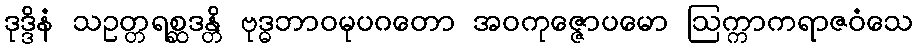
ဒုဒ္ဒိနံ သဥတ္တရစ္ဆဒန္တိ ဗုဒ္ဓဘာဝမုပဂတော အဝကုဇ္ဇောပမော ဩက္ကာကရာဇဝံသေ